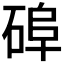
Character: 𥓭